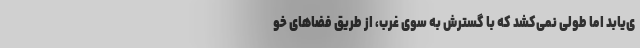
ی‌یابد اما طولی نمی‌کشد که با گسترش به سوی غرب، از طریق فضاهای خو